Calcutta medical institutions reports 1892-1900
Year: 1892
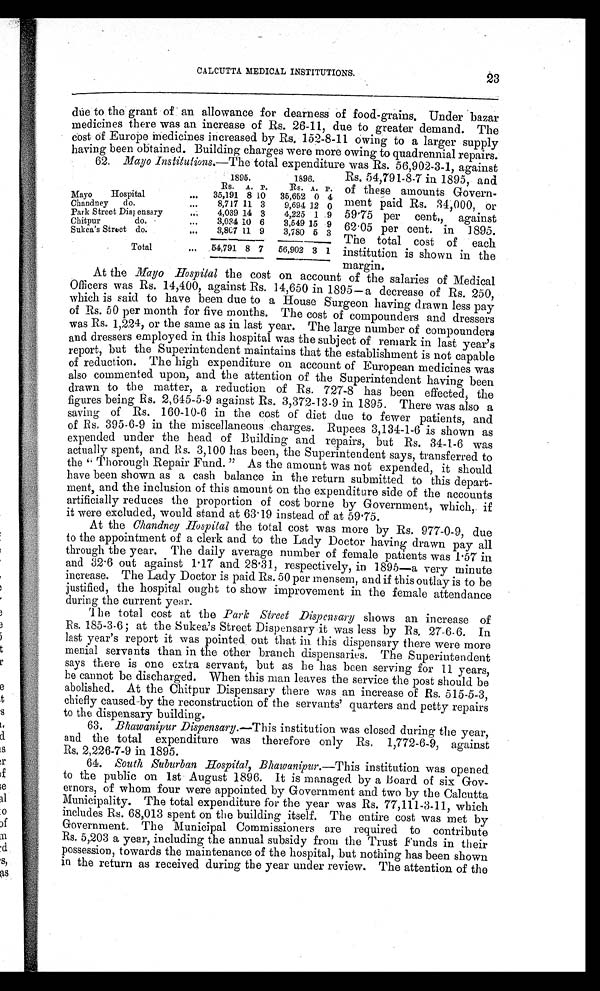
CALCUTTA MEDICAL INSTITUTIONS.
23
due to the grant of an allowance for dearness of food-grains. Under bazar
medicines there was an increase of Rs. 26-11, due to greater demand. The
cost of Europe medicines increased by Rs. 152-8-11 owing to a larger supply
having been obtained. Building charges were more owing to quadrennial repairs.
62. Mayo Institutions.—The total expenditure was Rs. 56,902-3-1, against
Rs. 54,791-8-7 in 1895, and
of these amounts Govern
-ment paid Rs. 34,000, or
59.75 per cent,, against
62.05 per cent. in 1895.
The total cost of each
institution is shown in the
margin.
At the Mayo Hospital the cost on account of the salaries of Medical
Officers was Rs. 14,400, against Rs. 14,650 in 1895—a decrease of Rs. 250,
which is said to have been due to a House Surgeon having drawn less pay
of Rs. 50 per month for five months. The cost of compounders and dressers
was Rs. 1,224, or the same as in last year. The large number of compounders
and dressers employed in this hospital was the subject of remark in last year's
report, but the Superintendent maintains that the establishment is not capable
of reduction. The high expenditure on account of European medicines was
also commented upon, and the attention of the Superintendent having been
drawn to the matter, a reduction of Rs. 727-8 has been effected, the
figures being Rs. 2,6Ígainst Rs. 3,372-13-9 in 1895. There was also a
saving of Rs. 160-10-6 in the cost of diet due to fewer patients, and
of Rs 395-6-9 in the miscellaneous charges. Rupees 3,134-1-6 is shown as
expended under the head of Building and repairs, but Rs. 34-1-6 was
actually spent, and Rs. 3,100 has been, the Superintendent says, transferred to
the " Thorough Repair Fund. " As the amount was not expended, it should
have been shown as a cash balance in the return submitted to this depart
-ment, and the inclusion of this amount on the expenditure side of the accounts
artificially reduces the proportion of cost borne by Government, which, if
it were excluded, would stand at 63.19 instead of at 59.75.
At the Chandney Hospital the total cost was more by Rs. 977-0-9, due
to the appointment of a clerk and to the Lady Doctor having drawn pay all
through the year. The daily average number of female patients was 1.57 in
and 32.6 out against 1.17 and 28.31, respectively, in 1895—a very minute
increase. The Lady Doctor is paid Rs. 50 per mensem, and if this outlay is to be
justified, the hospital ought to show improvement in the female attendance
during the current year.
The total cost at the Park Street Dispensary shows an increase of
R s . 1 8 5 - 3 - 6 ; a t t h e S u k e a ' s S t r e e t Di s p e n s a r y i t wa s l e s s b y R s . 2 7 - 6 - 6 . I n
last year's report it was pointed out that in this dispensary there were more
menial servants than in the other branch dispensaries. The Superintendent
says there is one extra servant, but as he has been serving for 11 years,
he cannot be discharged. When this man leaves the service the post should be
abolished. At the Chitpur Dispensary there was an increase of Rs. 515-5-3,
chiefly caused by the reconstruction of the servants' quarters and petty repairs
to the dispensary building.
63.
Bhawanipur Dispensary. —This institution was closed during the year,
and the total expenditure was therefore only Rs. 1,772-6-9, against
Rs. 2,226-7-9 in 1895.
64.
South Suburban Hospital, Bhawanipur. —This institution was opened
to the public on 1st August 1896. It is managed by a Board of six Gov
-ernors, of whom four were appointed by Government and two by the Calcutta
Municipality. The total expenditure for the year was Rs. 77,111-3-11, which
includes Rs. 68,013 spent on the building itself. The entire cost was met by
Government. The Municipal Commissioners are required to contribute
Rs. 5,203 a year, including the annual subsidy from the Trust Funds in their
possession, towards the maintenance of the hospital, but nothing has been shown
in the return as received during the year under review. The attention of the
1895.
1896.
Rs. A. P.
Rs. A. P.
Mayo Hospital
35,191 8 10 35,652 0 4
Chandney do.
8,717 11 3
9,694 12 0
Park Street Dispensary
4,039 14 3
4,225 1 9
Chitpur do.
3,034 1 0 6
3,549 15 9
Sukea's Street do.
3,807 11 9
3,780 5 3
Total
54,791 8 7 56,902
3
1